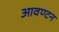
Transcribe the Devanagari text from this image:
आवण्टन